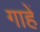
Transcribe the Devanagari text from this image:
गाहें